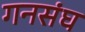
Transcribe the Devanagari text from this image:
गनसंघ